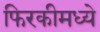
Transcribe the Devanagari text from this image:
फिरकीमध्ये